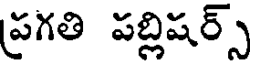
ప్రగతి పబ్లిషర్స్